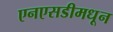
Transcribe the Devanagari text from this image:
एनएसडीमधून